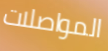
المواصلات